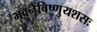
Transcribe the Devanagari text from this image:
भवनेविष्णुयशसः